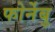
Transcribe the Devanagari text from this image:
फोर्नेबु